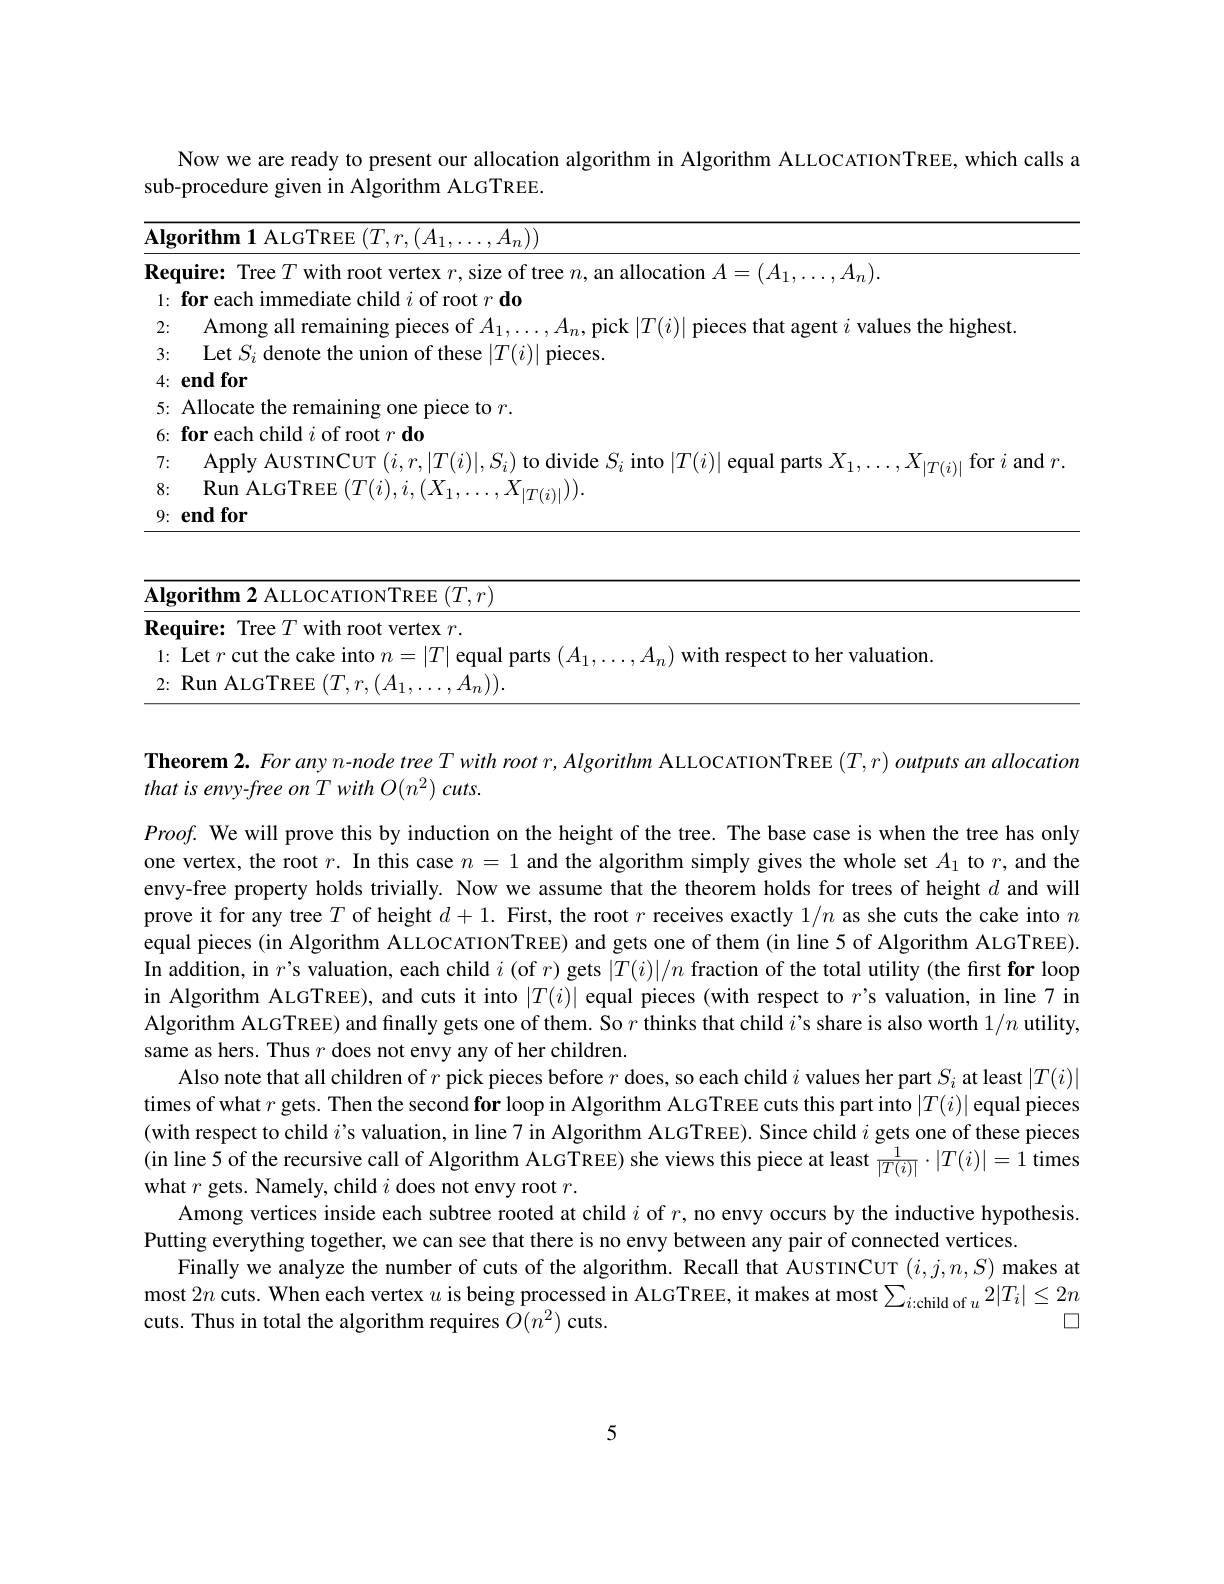
Now we are ready to present our allocation algorithm in Algorithm ALLOCATIONTREE, which calls a
sub-procedure given in Algorithm ALGTREE.

<table>
	<tbody>
		<tr>
			<td> </td>
		</tr>
		<tr>
			<td>cation $A=(A_1,\ldots,A_n).$</td>
		</tr>
		<tr>
			<td> </td>
		</tr>
		<tr>
			<td>$\left(i\right)\left|\text{pieces that agent }i\text{ values the highest.}\right.$</td>
		</tr>
		<tr>
			<td> </td>
		</tr>
		<tr>
			<td> </td>
		</tr>
		<tr>
			<td> </td>
		</tr>
		<tr>
			<td> </td>
		</tr>
		<tr>
			<td>o $|T(i)|$ equal parts $X_1$, $X_{|T(i)|}$for $i$ and $r.$</td>
		</tr>
	</tbody>
</table>

<table>
	<tbody>
		<tr>
			<td> </td>
			<td> </td>
		</tr>
		<tr>
			<td>Alg</td>
			<td>$\mathbf{Algorithm2ALLO}$ $\varepsilon\left(T,r\right.$ ATIONIREE</td>
		</tr>
		<tr>
			<td>Req</td>
			<td>vertex $r$</td>
		</tr>
		<tr>
			<td>1:</td>
			<td> $Pf$ Marrc</td>
		</tr>
		<tr>
			<td>2:</td>
			<td>, $\mathbf{R} _{\mathrm{llm}}$ AIGTRFF $\because 1$ $f( x) = 0$ 11 7. $f^{\prime}$</td>
		</tr>
	</tbody>
</table>

Theorem 2. For any $n$-node tree $Twith\textit{root r, Algorithm ALLOCATIONTREE }( T, r) \textit{ outputs an allocation}$
that is envy-free on T with O(n2) cuts.
$Proof.$ We will prove this by induction on the height of the tree. The base case is when the tree has only one vertex, the root $r.$ In this case $n=1$ and the algorithm simply gives the whole set $A_1$ to $r$, and the envy-free property holds trivially. Now we assume that the theorem holds for trees of height $d$ and will prove it for any tree $T$ of height $d+1.$ First, the root $r$ receives exactly $1/n$ as she cuts the cake into $n$ equal pieces (in Algorithm ALLOCATIONTREE) and gets one of them (in line 5 of Algorithm ALGTREE). In addition, in $r$'s valuation, each child $i$ (of $r$) gets $|T(i)|/n$ fraction of the total utility (the first for loop in Algorithm ALGTREE), and cuts it into $|T(i)|$ equal pieces (with respect to $r’$s valuation, in line 7 in Algorithm ALGTREE) and finally gets one of them. So $r$ thinks that child $i$'s share is also worth $1/n$ utility, same as hers. Thus $r$ does not envy any of her children.
Also note that all children of $r$ pick pieces before $r$ does, so each child $i$ values her part $S_i$ at least $|T(i)|$ times of what $r$ gets. Then the second for loop in Algorithm ALGTREE cuts this part into $|T(i)|$ equal pieces (with respect to child $i$'s valuation, in line 7 in Algorithm ALGTREE). Since child $i$ gets one of these pieces (in line 5 of the recursive call of Algorithm ALGTREE) she views this piece at least $\frac1{|T(i)|}\cdot|T(i)|=1$ times what $r$ gets. Namely, child $i$ does not envy root $r.$
Among vertices inside each subtree rooted at child $i$ of $r$, no envy occurs by the inductive hypothesis.
Putting everything together, we can see that there is no envy between any pair of connected vertices.
Finally we analyze the number of cuts of the algorithm. Recall that AUSTINCUT $(i,j,n,S)$ makes at
$\square$
cuts. Thus in total the algorithm requires $O(n^{2})$ cuts

5